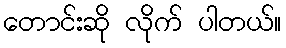
တောင်းဆို လိုက် ပါတယ်။